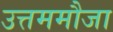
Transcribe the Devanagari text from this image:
उत्तममौजा